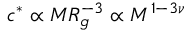
c ^ { * } \propto M R _ { g } ^ { - 3 } \propto M ^ { 1 - 3 \nu }